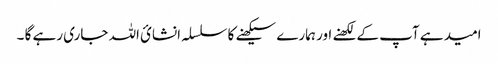
امید ہے آپ کے لکھنے اور ہمارے سیکھنے کا سلسلہ انشائ اللہ جاری رہے گا ۔